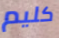
كليم